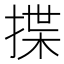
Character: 揲